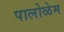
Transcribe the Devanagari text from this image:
पालोळेम